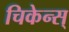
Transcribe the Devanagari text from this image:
चिकेन्स्